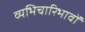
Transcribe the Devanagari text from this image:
व्यभिचारिभावों